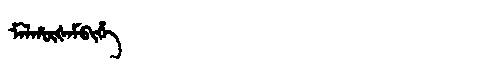
Manchu: ᠮᠠᠯᡥᡡᡧᠠᠮᠪᡳᡥᡝ
Romanization: MALHŪŠAMBIHE